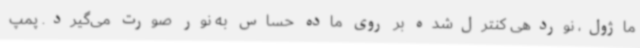
ماژول، نوردهی کنترل‌شده بر روی ماده حساس به نور صورت می‌گیرد. پمپ